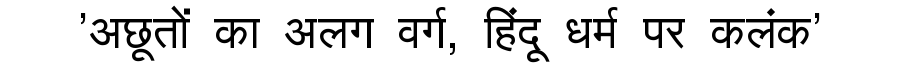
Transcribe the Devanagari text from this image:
'अछूतों का अलग वर्ग, हिंदू धर्म पर कलंक'